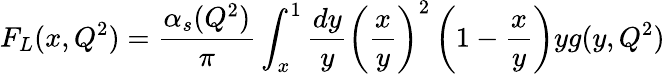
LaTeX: F_{L}(x,Q^{2})={\frac{\alpha_{s}(Q^{2})}{\pi}}\int_{x}^{1}{\frac{dy}{y}}\left({\frac{x}{y}}\right)^{2}\left(1-{\frac{x}{y}}\right)yg(y,Q^{2})